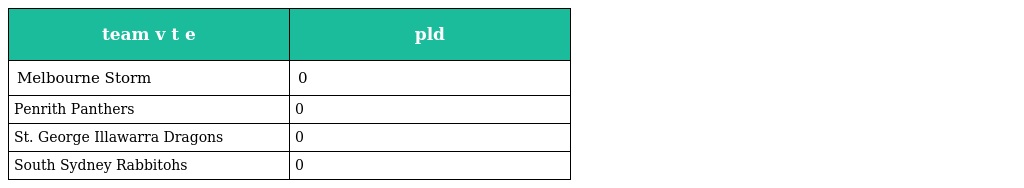
| team v t e | pld |
 | --- | --- |
 | Melbourne Storm | 0 |
 | Penrith Panthers | 0 |
 | St. George Illawarra Dragons | 0 |
 | South Sydney Rabbitohs | 0 |